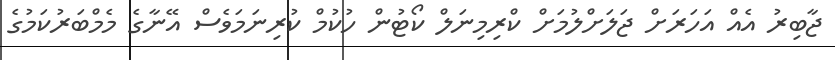
ޖާބިރު އެއް އަހަރަށް ޖަލަށްލުމަށް ކްރިމިނަލް ކޯޓުން ހުކުމް ކުރިނަމަވެސް އޭނާގެ މެމްބަރުކަމުގެ